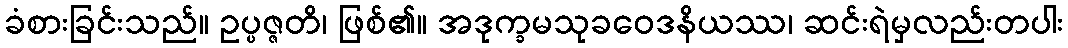
ခံစားခြင်းသည်။ ဥပ္ပဇ္ဇတိ၊ ဖြစ်၏။ အဒုက္ခမသုခဝေဒနိယဿ၊ ဆင်းရဲမှလည်းတပါး